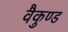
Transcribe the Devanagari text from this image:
वैकुण्ड